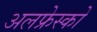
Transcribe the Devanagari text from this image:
अलफ्रेस्को